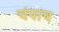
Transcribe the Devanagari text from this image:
चंपाच